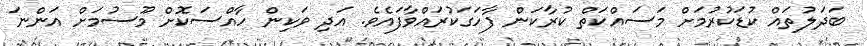
ބަދަލުތައް ކުޑަކުރުމަށް މަސައްކަތް ކުރާކަން ފާހަގަކުރައްވާފައެވެ. އަދި ވަކިން ހާއްސަކޮށް މޫސުމަށް އަންނަ